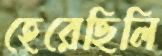
হেরেছিলি